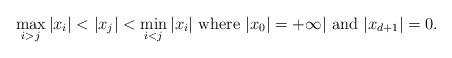
LaTeX: \begin{align*} \max_{i>j}|x_i|< |x_{j}| <\min_{i<j}|x_i|~{\rm where}~|x_0|=+\infty|~{\rm and}~|x_{d+1}|=0. \end{align*}